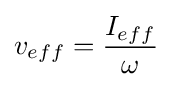
v_{eff}={\frac {I_{eff}}{\omega }}